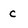
Character: c